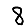
Digit: 8